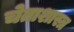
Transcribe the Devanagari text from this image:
चेताशास्त्र